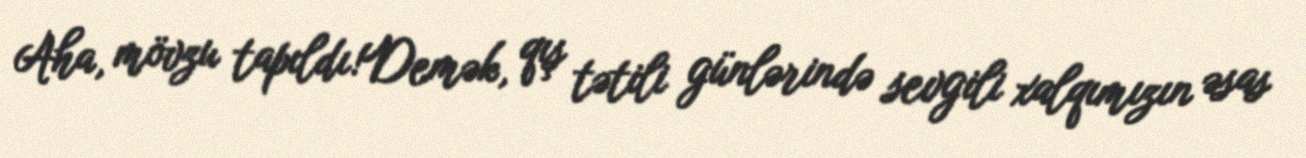
Aha, mövzu tapıldı!Demək, qış tətili günlərində sevgili xalqımızın əsas